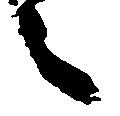
之